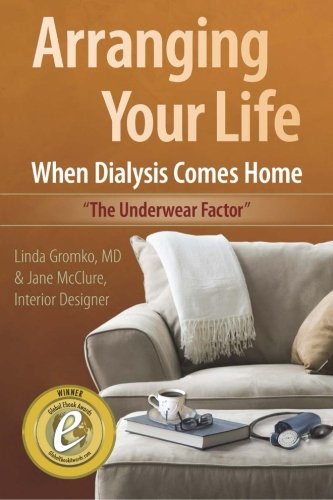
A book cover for Arranging Your Life When Dialysis Comes Home (Volume 1); Linda Gromko MD; Health, Fitness & Dieting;